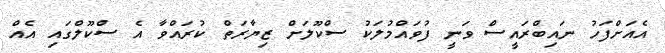
އެއަށްފަހު ނައިބްރައީސް ވަނީ ފުވައްމުލަކު ސްކޫލަށް ޒިޔާރަތް ކުރައްވާ އެ ސްކޫލްގައި އެއް